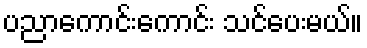
ပညာကောင်းကောင်း သင်ပေးမယ်။